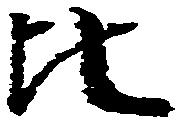
比